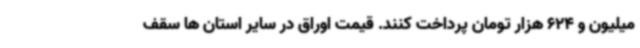
میلیون و 624 هزار تومان پرداخت کنند. قیمت اوراق در سایر استان ها سقف